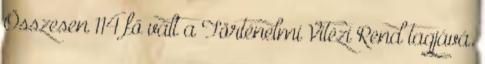
Összesen 114 fő vált a Történelmi Vitézi Rend tagjává.